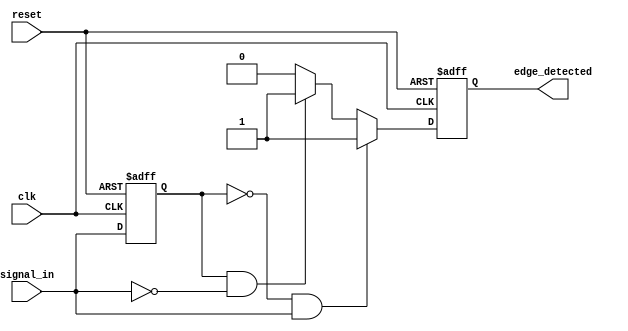
module dual_edge_detector (
    input wire clk,            // Clock signal
    input wire reset,          // Asynchronous reset signal
    input wire signal_in,      // Input signal to detect edges
    output reg edge_detected   // Output signal indicating edge detection
);

    reg signal_in_prev;        // Register to store the previous state of signal_in

    // Asynchronous reset and edge detection logic
    always @(posedge clk or posedge reset) begin
        if (reset) begin
            signal_in_prev <= 1'b0; // Initialize previous state to low
            edge_detected <= 1'b0;   // Initialize edge_detected to low
        end else begin
            // Edge detection logic
            if (signal_in_prev == 1'b0 && signal_in == 1'b1) begin
                edge_detected <= 1'b1; // Rising edge detected
            end else if (signal_in_prev == 1'b1 && signal_in == 1'b0) begin
                edge_detected <= 1'b1; // Falling edge detected
            end else begin
                edge_detected <= 1'b0; // No edge detected
            end
            
            // Update previous state
            signal_in_prev <= signal_in;
        end
    end

endmodule